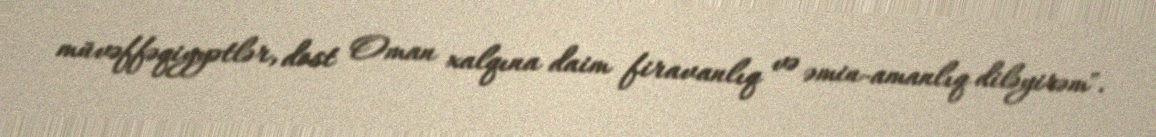
müvəffəqiyyətlər, dost Oman xalqına daim firavanlıq və əmin-amanlıq diləyirəm".